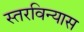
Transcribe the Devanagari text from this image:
स्तरविन्यास